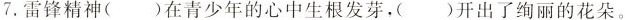
7.雷锋精神()在青少年的心中生根发芽，()开出了绚丽的花朵。